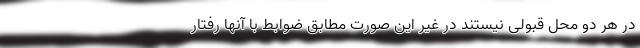
در هر دو محل قبولی نیستند در غیر این صورت مطابق ضوابط با آنها رفتار